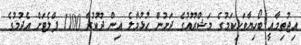
އިޖުތިމާއީ ބޯހިޔާވަހިކަމުގެ މަޝްރޫއުގެ ދަށުން ހުޅުމާލެ އިން ދޫކުރާ 1100 ފްލެޓަށް އެދުމުގެ